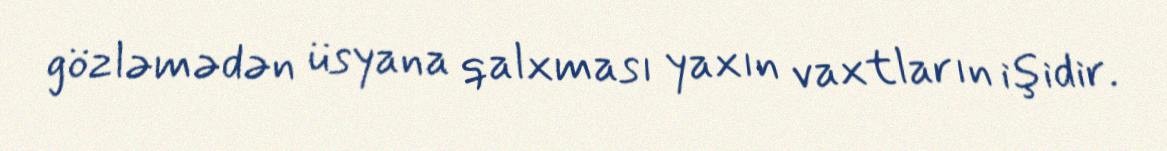
gözləmədən üsyana qalxması yaxın vaxtların işidir.